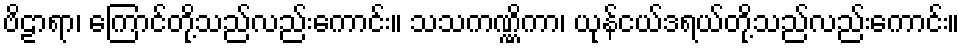
ဗိဠာရာ၊ ကြောင်တို့သည်လည်းကောင်း။ သသကဏ္ဏိကာ၊ ယုန်ငယ်ဒရယ်တို့သည်လည်းကောင်း။